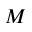
M